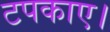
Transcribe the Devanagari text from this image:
टपकाए।